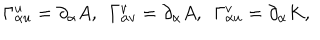
LaTeX: \Gamma _ { \alpha u } ^ { u } = \partial _ { \alpha } A , ~ ~ \Gamma _ { \alpha v } ^ { v } = \partial _ { \alpha } A , ~ ~ \Gamma _ { \alpha u } ^ { v } = \partial _ { \alpha } K ,